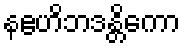
နဧဟိဘဒန္တိကော